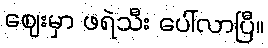
ဈေးမှာ ဖရဲသီး ပေါ်လာပြီ။